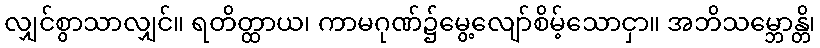
လျှင်စွာသာလျှင်။ ရတိတ္ထာယ၊ ကာမဂုဏ်၌မွေ့လျော်စိမ့်သောငှာ။ အဘိသမ္ဘောန္တိ၊